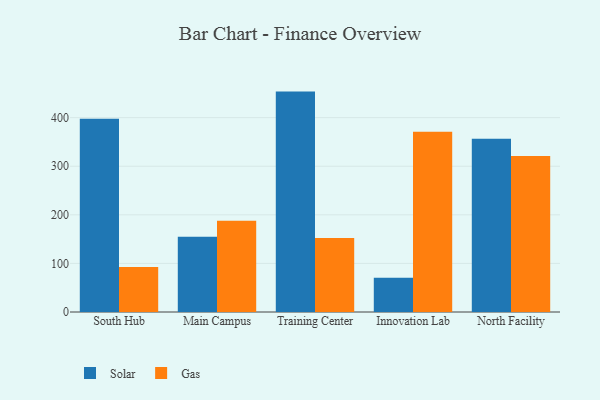
{"axis": {"x": "Campus", "y": "Latency (ms)"}, "legend": ["Gas", "Solar"], "data": [{"x": "South Hub", "y": 397.7, "type": "Solar"}, {"x": "South Hub", "y": 92.7, "type": "Gas"}, {"x": "Main Campus", "y": 155.0, "type": "Solar"}, {"x": "Main Campus", "y": 187.8, "type": "Gas"}, {"x": "Training Center", "y": 453.6, "type": "Solar"}, {"x": "Training Center", "y": 152.2, "type": "Gas"}, {"x": "Innovation Lab", "y": 70.7, "type": "Solar"}, {"x": "Innovation Lab", "y": 370.9, "type": "Gas"}, {"x": "North Facility", "y": 356.5, "type": "Solar"}, {"x": "North Facility", "y": 321.0, "type": "Gas"}]}